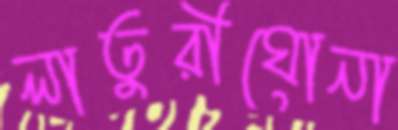
লাতুরীঘোনা